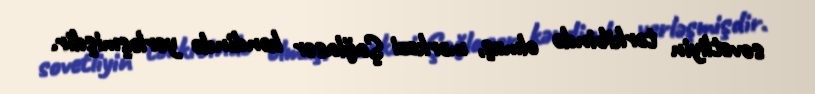
sovetliyin tərkibində olmuş, mərkəzi Şağlaser kəndində yerləşmişdir.